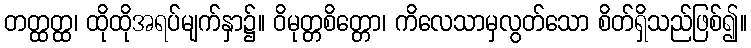
တတ္ထတ္ထ၊ ထိုထိုအရပ်မျက်နှာ၌။ ဝိမုတ္တစိတ္တော၊ ကိလေသာမှလွတ်သော စိတ်ရှိသည်ဖြစ်၍။